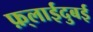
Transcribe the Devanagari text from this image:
फ़्लाईदुबई